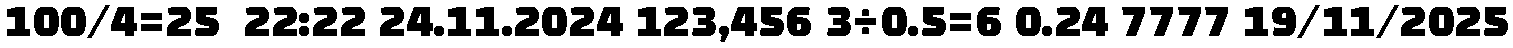
100/4=25  22:22 24.11.2024 123,456 3÷0.5=6 0.24 7777 19/11/2025